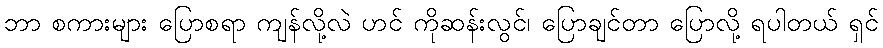
ဘာ စကားများ ပြောစရာ ကျန်လို့လဲ ဟင် ကိုဆန်းလွင်၊ ပြောချင်တာ ပြောလို့ ရပါတယ် ရှင်